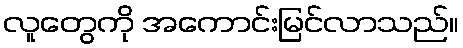
လူတွေကို အကောင်းမြင်လာသည်။